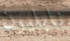
نابليون